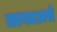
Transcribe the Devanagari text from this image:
लागतअसे